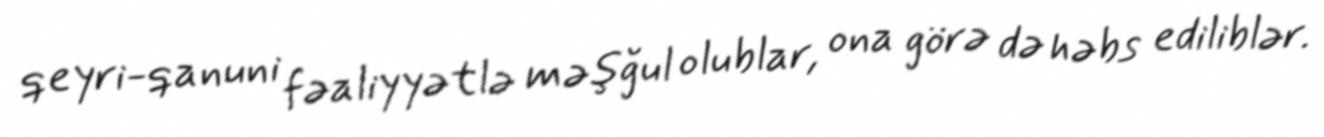
qeyri-qanuni fəaliyyətlə məşğul olublar, ona görə də həbs ediliblər.